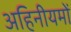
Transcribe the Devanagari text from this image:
अहिनीयमों